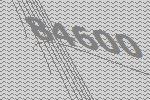
84600